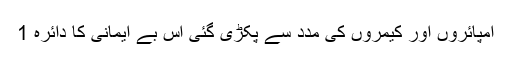
امپائروں اور کیمروں کی مدد سے پکڑی گئی اس بے ایمانی کا دائرہ 1